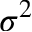
\sigma ^ { 2 }